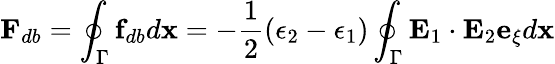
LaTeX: \mathbf{F}_{db}=\oint_{\Gamma}\mathbf{f}_{db}d\mathbf{x}=-\frac{1}{2}(\epsilon_{2}-\epsilon_{1})\oint_{\Gamma}\mathbf{E}_{1}\cdot\mathbf{E}_{2}\mathbf{e}_{\xi}d\mathbf{x}